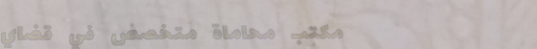
مكتب محاماة متخصص في قضاي